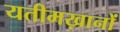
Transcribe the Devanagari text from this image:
यतीमख़ानों